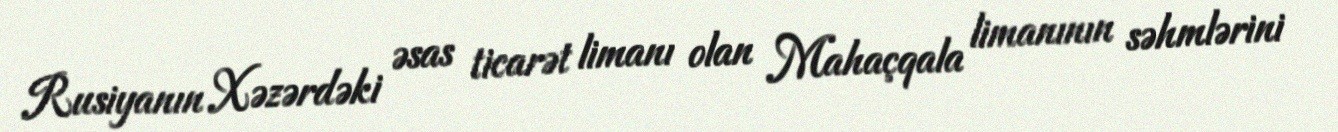
Rusiyanın Xəzərdəki əsas ticarət limanı olan Mahaçqala limanının səhmlərini